Civil Veterinary Department. Central Provinces & Berar 1925-31 - 1925-1931
Year: 1925
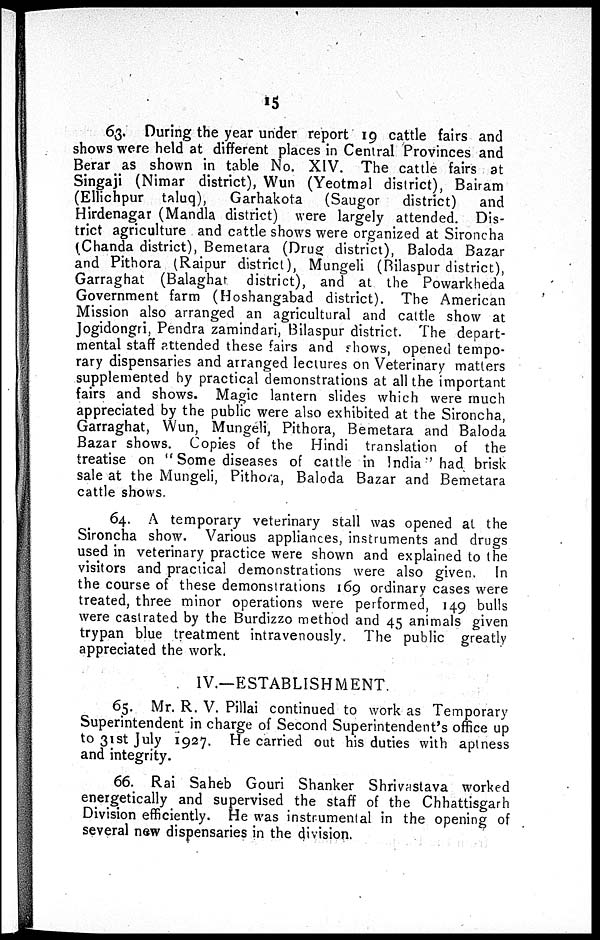
15
63. During the year under report 19 cattle fairs and
shows were held at different places in Central Provinces and
Berar as shown in table No. XIV. The cattle fairs at
Singaji (Nimar district), Wun (Yeotmal district), Bairam
(Ellichpur taluq), Garhakota (Saugor district) and
Hirdenagar (Mandla district) were largely attended. Dis-
trict agriculture and cattle shows were organized at Sironcha
(Chanda district), Bemetara (Drug district), Baloda Bazar
and Pithora (Raipur district), Mungeli (Bilaspur district),
Garraghat (Balaghat district), and at the Powarkheda
Government farm (Hoshangabad district). The American
Mission also arranged an agricultural and cattle show at
Jogidongri, Pendra zamindari, Bilaspur district. The depart-
mental staff attended these fairs and shows, opened tempo-
rary dispensaries and arranged lectures on Veterinary matters
supplemented by practical demonstrations at all the important
fairs and shows. Magic lantern slides which were much
appreciated by the public were also exhibited at the Sironcha,
Garraghat, Wun, Mungeli, Pithora, Bemetara and Baloda
Bazar shows. Copies of the Hindi translation of the
treatise on " Some diseases of cattle in India" had brisk
sale at the Mungeli, Pithora, Baloda Bazar and Bemetara
cattle shows.
64. A temporary veterinary stall was opened at the
Sironcha show. Various appliances, instruments and drugs
used in veterinary practice were shown and explained to the
visitors and practical demonstrations were also given. In
the course of these demonstrations 169 ordinary cases were
treated, three minor operations were performed, 149 bulls
were castrated by the Burdizzo method and 45 animals given
trypan blue treatment intravenously. The public greatly
appreciated the work.
IV.—ESTABLISHMENT.
65. Mr. R. V. Pillai continued to work as Temporary
Superintendent in charge of Second Superintendent's office up
to 31st July 1927. He carried out his duties with aptness
and integrity.
66. Rai Saheb Gouri Shanker Shrivastava worked
energetically and supervised the staff of the Chhattisgarh
Division efficiently. He was instrumental in the opening of
several new dispensaries in the division.